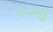
૧૨મી